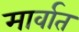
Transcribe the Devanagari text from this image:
मार्वात